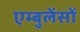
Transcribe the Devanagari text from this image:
एम्बुलेंसों